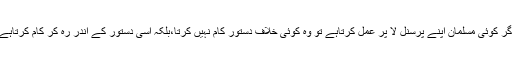
اگر کوئی مسلمان اپنے پرسنل لا پر عمل کرتاہے تو وہ کوئی خلاف دستور کام نہیں کرتا،بلکہ اسی دستور کے اندر رہ کر کام کرتاہے۔